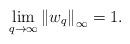
LaTeX: \begin{align*}\lim_{q\rightarrow\infty}\left\Vert w_{q}\right\Vert _{\infty}=1.\end{align*}